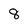
Character: 8